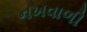
નખવાળી